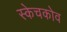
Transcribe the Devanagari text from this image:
स्केचकोव